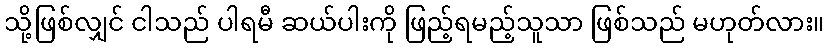
သို့ဖြစ်လျှင် ငါသည် ပါရမီ ဆယ်ပါးကို ဖြည့်ရမည့်သူသာ ဖြစ်သည် မဟုတ်လား။